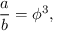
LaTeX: { \frac { a } { b } } = \phi ^ { 3 } ,